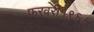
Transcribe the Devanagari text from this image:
फरवरी१९६८